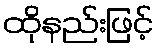
ထိုနည်းဖြင့်